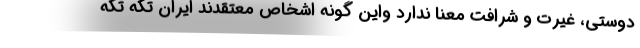
دوستی، غیرت و شرافت معنا ندارد واین گونه اشخاص معتقدند ایران تکه تکه